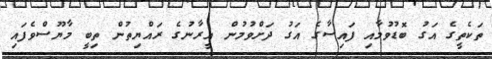
ތަކެތީގެ އަގު ބޮޑުވުމާއި ފައިސާގެ އަގު ދަށްވުމުން އީރާނުގެ ރައްޔިތުން ތިބީ މާޔޫސްވެފައި